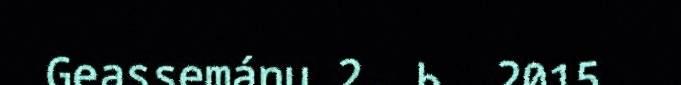
Geassemánu 2. b. 2015